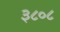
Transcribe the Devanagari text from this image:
३८०८